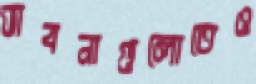
ভাবনাগুলোতেও